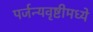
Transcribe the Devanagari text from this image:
पर्जन्यवृष्टीमध्ये